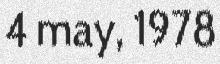
4 may, 1978